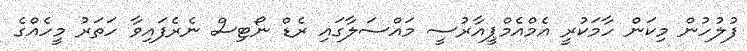
ފުލުހުން މިކަން ހާމަކުރީ އެމްއެމްޕީއާރުސީ މައްސަލާގައި ރެޑް ނޯޓިސް ނެރެފައިވާ ހަތަރު މީހެއްގެ